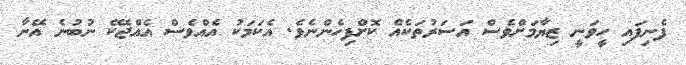
ފެނިފައި ހީވަނީ ޒިޔާމަށްވެސް އަސަރުތަކެއް ކޮށްފިހެންނެވެ. އެކަމަކު އެއްވެސް އެއްޖެކޭ ނުބުނެ އޭނާ